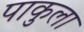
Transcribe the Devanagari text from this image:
पाकुला